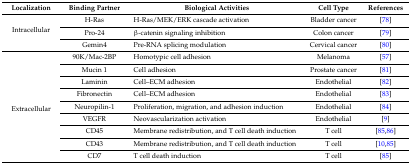
| Localization | Binding Partner | Biological Activities | Cell Type | References |
 | --- | --- | --- | --- | --- |
 | <ROWSPAN=3> Intracellular | H-Ras | H-Ras/MEK/ERK cascade activation | Bladder cancer | [78] |
 | Pro-24 | β-catenin signaling inhibition | Colon cancer | [79] |
 | Gemin4 | Pre-RNA splicing modulation | Cervical cancer | [80] |
 | <ROWSPAN=9> Extracellular | 90K/Mac-2BP | Homotypic cell adhesion | Melanoma | [57] |
 | Mucin 1 | Cell adhesion | Prostate cancer | [81] |
 | Laminin | Cell–ECM adhesion | Endothelial | [82] |
 | Fibronectin | Cell–ECM adhesion | Endothelial | [83] |
 | Neuropilin-1 | Proliferation, migration, and adhesion induction | Endothelial | [84] |
 | VEGFR | Neovascularization activation | Endothelial | [9] |
 | CD45 | Membrane redistribution, and T cell death induction | T cell | [85,86] |
 | CD43 | Membrane redistribution, and T cell death induction | T cell | [10,85] |
 | CD7 | T cell death induction | T cell | [85] |